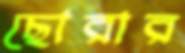
ছোরার